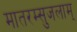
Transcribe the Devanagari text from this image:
मातरम्सुजलाम्